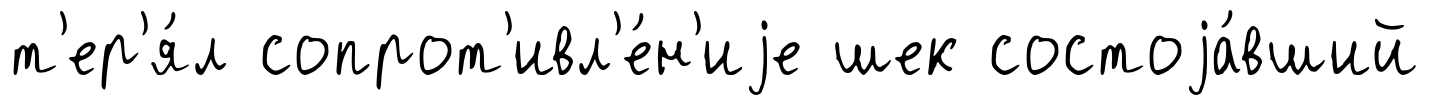
т'ер'я́л сопрот'ивл'е́н'иjе шек состоjа́вший